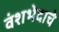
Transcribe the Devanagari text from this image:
वंशभेदाचे